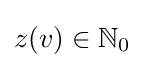
z(v)\in \mathbb {N} _{0}